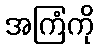
အကြံကို